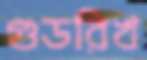
গুডরিখ